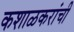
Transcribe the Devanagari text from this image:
कशाळकरांची